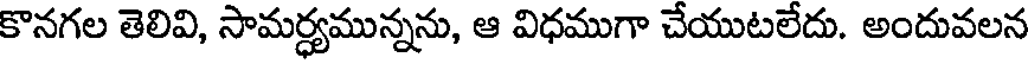
కొనగల తెలివి, సామర్ధ్యమున్నను, ఆ విధముగా చేయుటలేదు. అందువలన